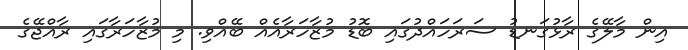
އިން މާލޭގެ ރާޅުގަނޑު ސަރަހައްދުގައި ބޮޑު މުޒާހަރާއެއް ބޭއްވި. މި މުޒާހަރާގައި ރާއްޖޭގެ